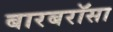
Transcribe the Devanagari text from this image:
बारबरॉसा